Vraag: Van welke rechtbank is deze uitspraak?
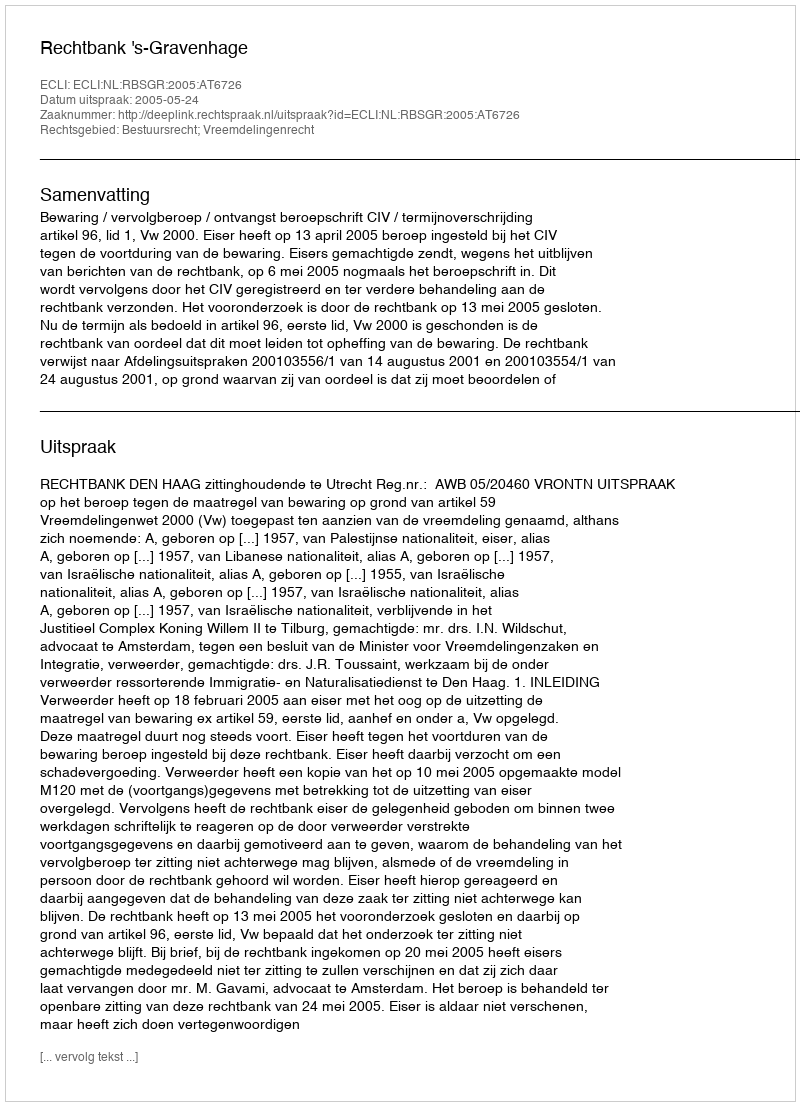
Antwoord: Rechtbank 's-Gravenhage